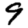
Digit: 9